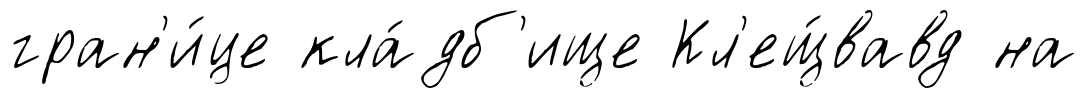
гран'и́це кла́дб'ище Кл'ещ́вавд на